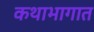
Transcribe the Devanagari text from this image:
कथाभागात